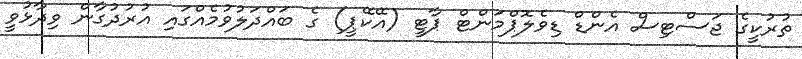
ތުރުކީގެ ޖަސްޓިސް އެންޑް ޑިވެލޮޕްމަންޓް ޕާޓީ (އޭކޭޕީ) ގެ ބައްދަލުވުމެއްގައި އުރުދުގާން ވިދާޅުވީ